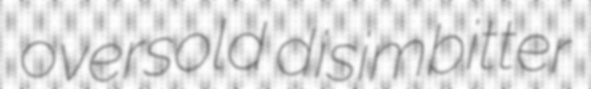
oversold disimbitter